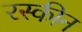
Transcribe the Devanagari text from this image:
रस्कीन